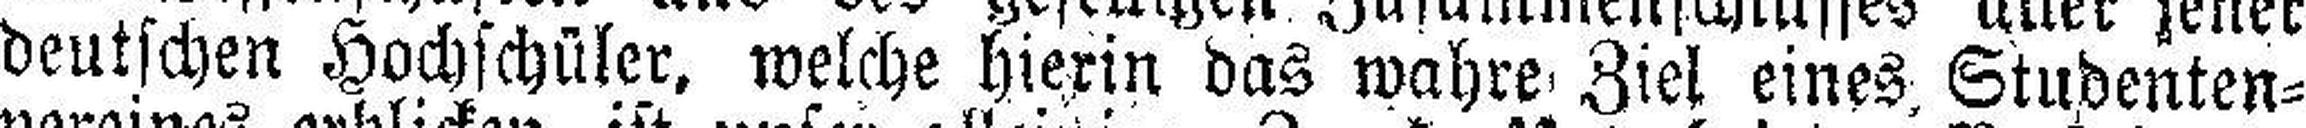
deutschen Hochschüler, welche hierin das wahre Ziel eines Studenten¬